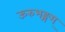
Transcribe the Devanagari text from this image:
ऊरुभङ्गम्